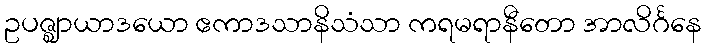
ဥပဇ္ဈာယာဒယော ဧကာဒသာနိသံသာ ကရမရာနီတော အာလိင်္ဂနေ